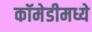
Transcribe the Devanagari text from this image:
कॉमेडीमध्ये